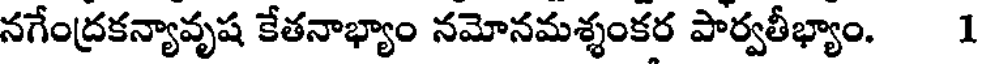
నగేంద్రకన్యావృష కేతనాభ్యాం నమోనమశ్శంకర పార్వతీభ్యాం. 1